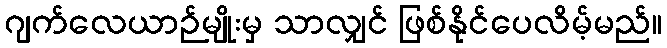
ဂျက်လေယာဉ်မျိုးမှ သာလျှင် ဖြစ်နိုင်ပေလိမ့်မည်။